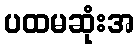
ပထမဆုံးအ